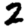
Digit: 2